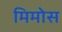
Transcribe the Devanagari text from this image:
मिमोस